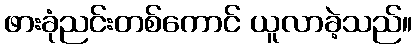
ဖားခုံညင်းတစ်ကောင် ယူလာခဲ့သည်။